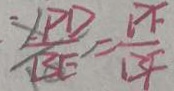
\frac { \angle P D } { B E } = \frac { P F } { B F }